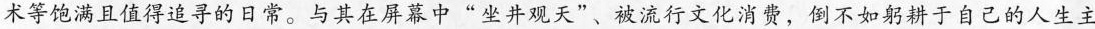
术等饱满且值得追寻的日常。与其在屏幕中”坐井观天”、被流行文化消费，倒不如躬耕于自己的人生主